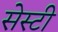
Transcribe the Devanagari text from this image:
सेस्टी